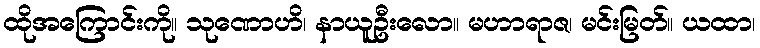
ထိုအကြောင်းကို။ သုဏောဟိ၊ နာယူဦးလော။ မဟာရာဇ၊ မင်းမြတ်။ ယထာ၊